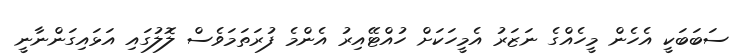
ސަބަބަކީ އެހެން މީހެއްގެ ނަޒަރު އެމީހަކަށް ހުއްޓޭއިރު އެންމެެ ފުރަތަމަވެސް ލޮލުގައި އަޅައިގަންނާނީ